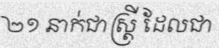
២១ នាក់ជាស្ត្រី ដែលជា